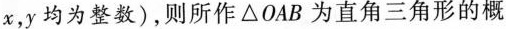
x，y均为整数)，则所作△OAB为直角三角形的概